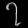
Digit: ၇